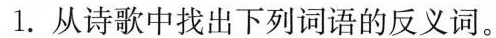
1.从诗歌中找出下列词语的反义词。